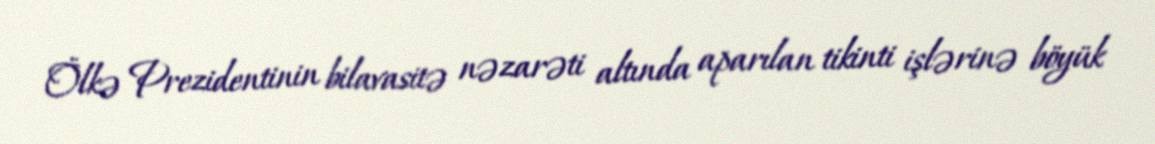
Ölkə Prezidentinin bilavasitə nəzarəti altında aparılan tikinti işlərinə böyük